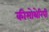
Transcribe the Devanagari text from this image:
कीमोथेरिपी